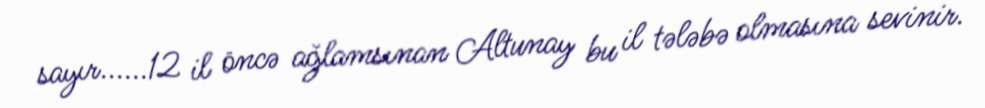
sayır......12 il öncə ağlamsınan Altunay bu il tələbə olmasına sevinir.